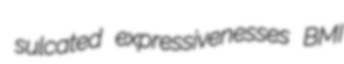
sulcated expressivenesses BMI